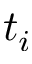
t _ { i }